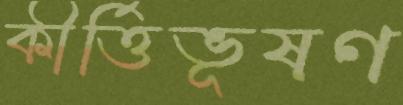
কীর্ত্তিভূষণ